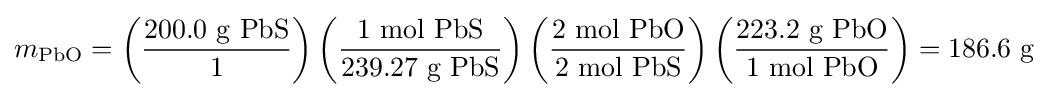
m_{\mathrm {PbO} }=\left({\frac {200.0{\mbox{ g }}\mathrm {PbS} }{1}}\right)\left({\frac {1{\mbox{ mol }}\mathrm {PbS} }{239.27{\mbox{ g }}\mathrm {PbS} }}\right)\left({\frac {2{\mbox{ mol }}\mathrm {PbO} }{2{\mbox{ mol }}\mathrm {PbS} }}\right)\left({\frac {223.2{\mbox{ g }}\mathrm {PbO} }{1{\mbox{ mol }}\mathrm {PbO} }}\right)=186.6{\mbox{ g}}